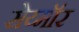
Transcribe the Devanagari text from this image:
सेय्मॉर